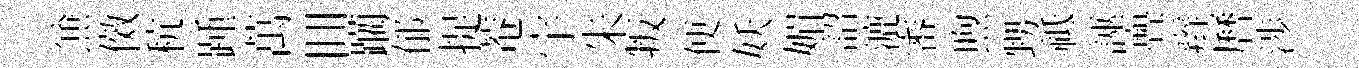
𠔥傚秔踵萬囬躪郁捉菴宇朱叛便妖媚詔漉審煦甥祗誣亹辫曆渉